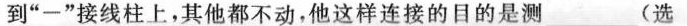
到”一”接线柱上，其他都不动，他这样连接的目的是测___(选